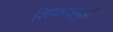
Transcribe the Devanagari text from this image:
शिखावाले